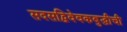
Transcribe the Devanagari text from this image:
सदसद्विवेवकबुद्धीची